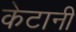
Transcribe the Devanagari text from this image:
केटानी